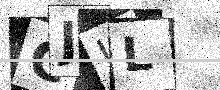
Text: CJUL